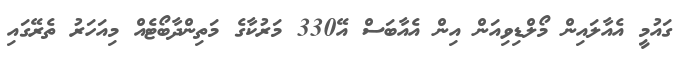
ގައުމީ އެއާލައިން މޯލްޑިވިއަން އިން އެއާބަސް އޭ330 މަރުކާގެ މަތިންދާބޯޓެއް މިއަހަރު ތެރޭގައި